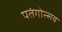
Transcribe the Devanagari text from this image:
पतंगोत्सव